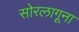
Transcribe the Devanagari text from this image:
सोरलागूना